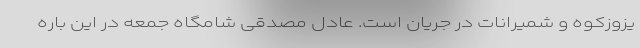
یزوزکوه و شمیرانات در جریان است. عادل مصدقی شامگاه جمعه در این باره